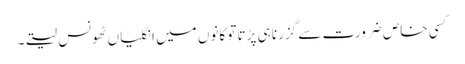
کسی خاص ضرورت سے گزرنا ہی پڑتا تو کانوں میں انگلیاں ٹھونس لیتے۔